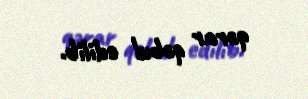
qərar qəbul edilib.